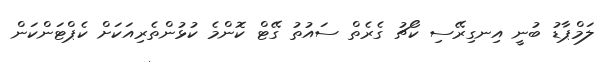
ލަމްޕާޑު ބުނީ އިނގިރޭސި ކޯޗު ގެރެތް ސައުތު ގޭޓް ކޮންމެ ކުޅުންތެރިއަކަށް ކެޕްޓަންކަން